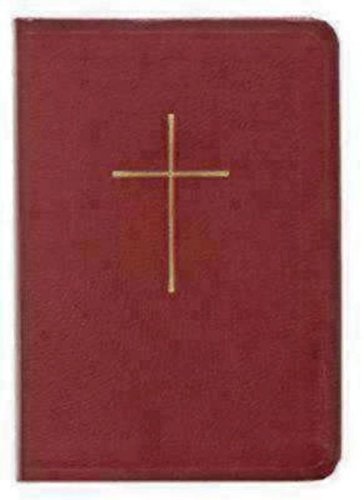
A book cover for Prayer Book and Hymnal Leather Red; Church Publishing; Christian Books & Bibles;